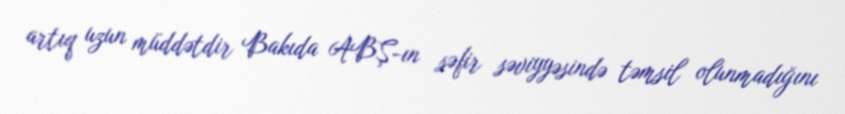
artıq uzun müddətdir Bakıda ABŞ-ın səfir səviyyəsində təmsil olunmadığını